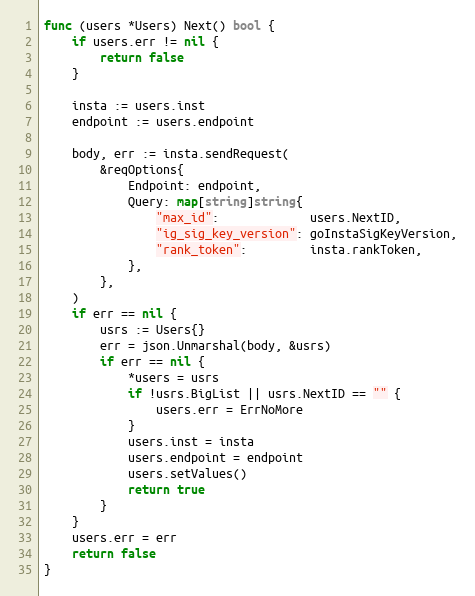
Language: Go
func (users *Users) Next() bool {
	if users.err != nil {
		return false
	}

	insta := users.inst
	endpoint := users.endpoint

	body, err := insta.sendRequest(
		&reqOptions{
			Endpoint: endpoint,
			Query: map[string]string{
				"max_id":             users.NextID,
				"ig_sig_key_version": goInstaSigKeyVersion,
				"rank_token":         insta.rankToken,
			},
		},
	)
	if err == nil {
		usrs := Users{}
		err = json.Unmarshal(body, &usrs)
		if err == nil {
			*users = usrs
			if !usrs.BigList || usrs.NextID == "" {
				users.err = ErrNoMore
			}
			users.inst = insta
			users.endpoint = endpoint
			users.setValues()
			return true
		}
	}
	users.err = err
	return false
}